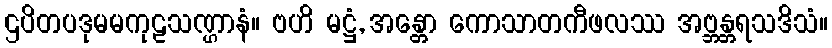
ဌပိတပဒုမမကုဠသဏ္ဌာနံ။ ဗဟိ မဋ္ဌံ, အန္တော ကောသာတကီဖလဿ အဗ္ဘန္တရသဒိသံ။